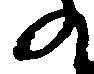
の